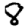
Digit: 8